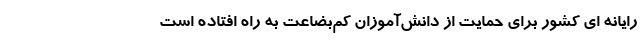
رایانه ای کشور برای حمایت از دانش‌آموزان کم‌بضاعت به راه افتاده است